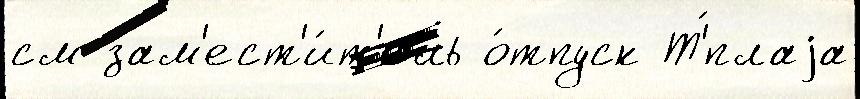
см зам'ест'и́т'ель о́тпуск Т'́плаjа